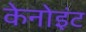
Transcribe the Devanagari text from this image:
केनोइंट